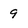
Character: 9